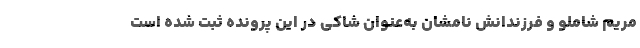
مریم شاملو و فرزندانش نامشان به‌عنوان شاکی در این پرونده ثبت شده است